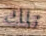
تلك